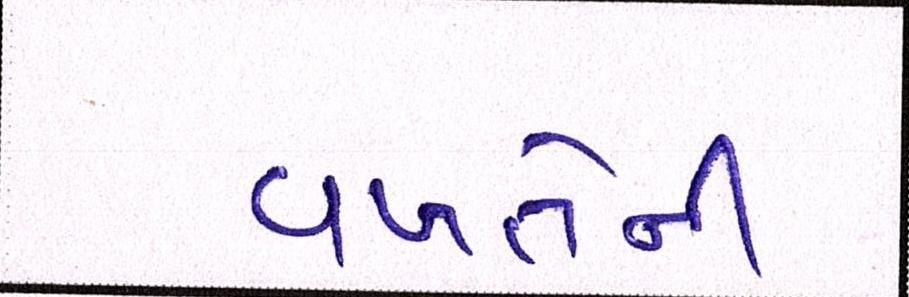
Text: વખતેની